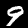
Label: 9